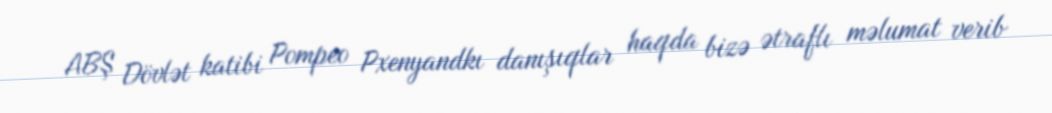
ABŞ Dövlət katibi Pompeo Pxenyandkı danışıqlar haqda bizə ətraflı məlumat verib